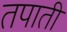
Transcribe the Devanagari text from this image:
तपाती